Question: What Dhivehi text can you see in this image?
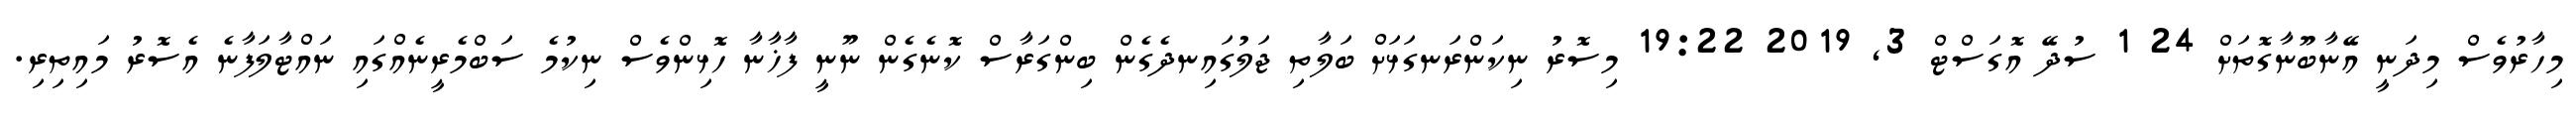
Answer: މިހާރުވެސް މިދަނީ އޭނާބޫނާގޮތަށް 24 1 ސުދޭ އޮގަސްޓް 3, 2019 19:22 މިސޮރު ނިކަންރަނގަޅަށް ބަލާތި ޖަލުގައިނދެގެން ބިންގަރާސް ކޮނެގެން ނޫނީ ފާޚާނާ ހޮޅިންވެސް ނިކުމެ ސަބްމެރީނެއްގައި ނައްޓާލަފާނެ އެސޮރު މައިތިރި.